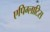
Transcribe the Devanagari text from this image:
एपिग्लाटिस